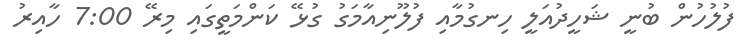
ފުލުހުން ބުނީ ޝަހީދުއަލީ ހިނގުމާއި ފުލޫނިއާމަގު ގުޅޭ ކަންމަތީގައި މިރޭ 7:00 ހާއިރު